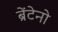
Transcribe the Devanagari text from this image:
ब्रेंटेनो